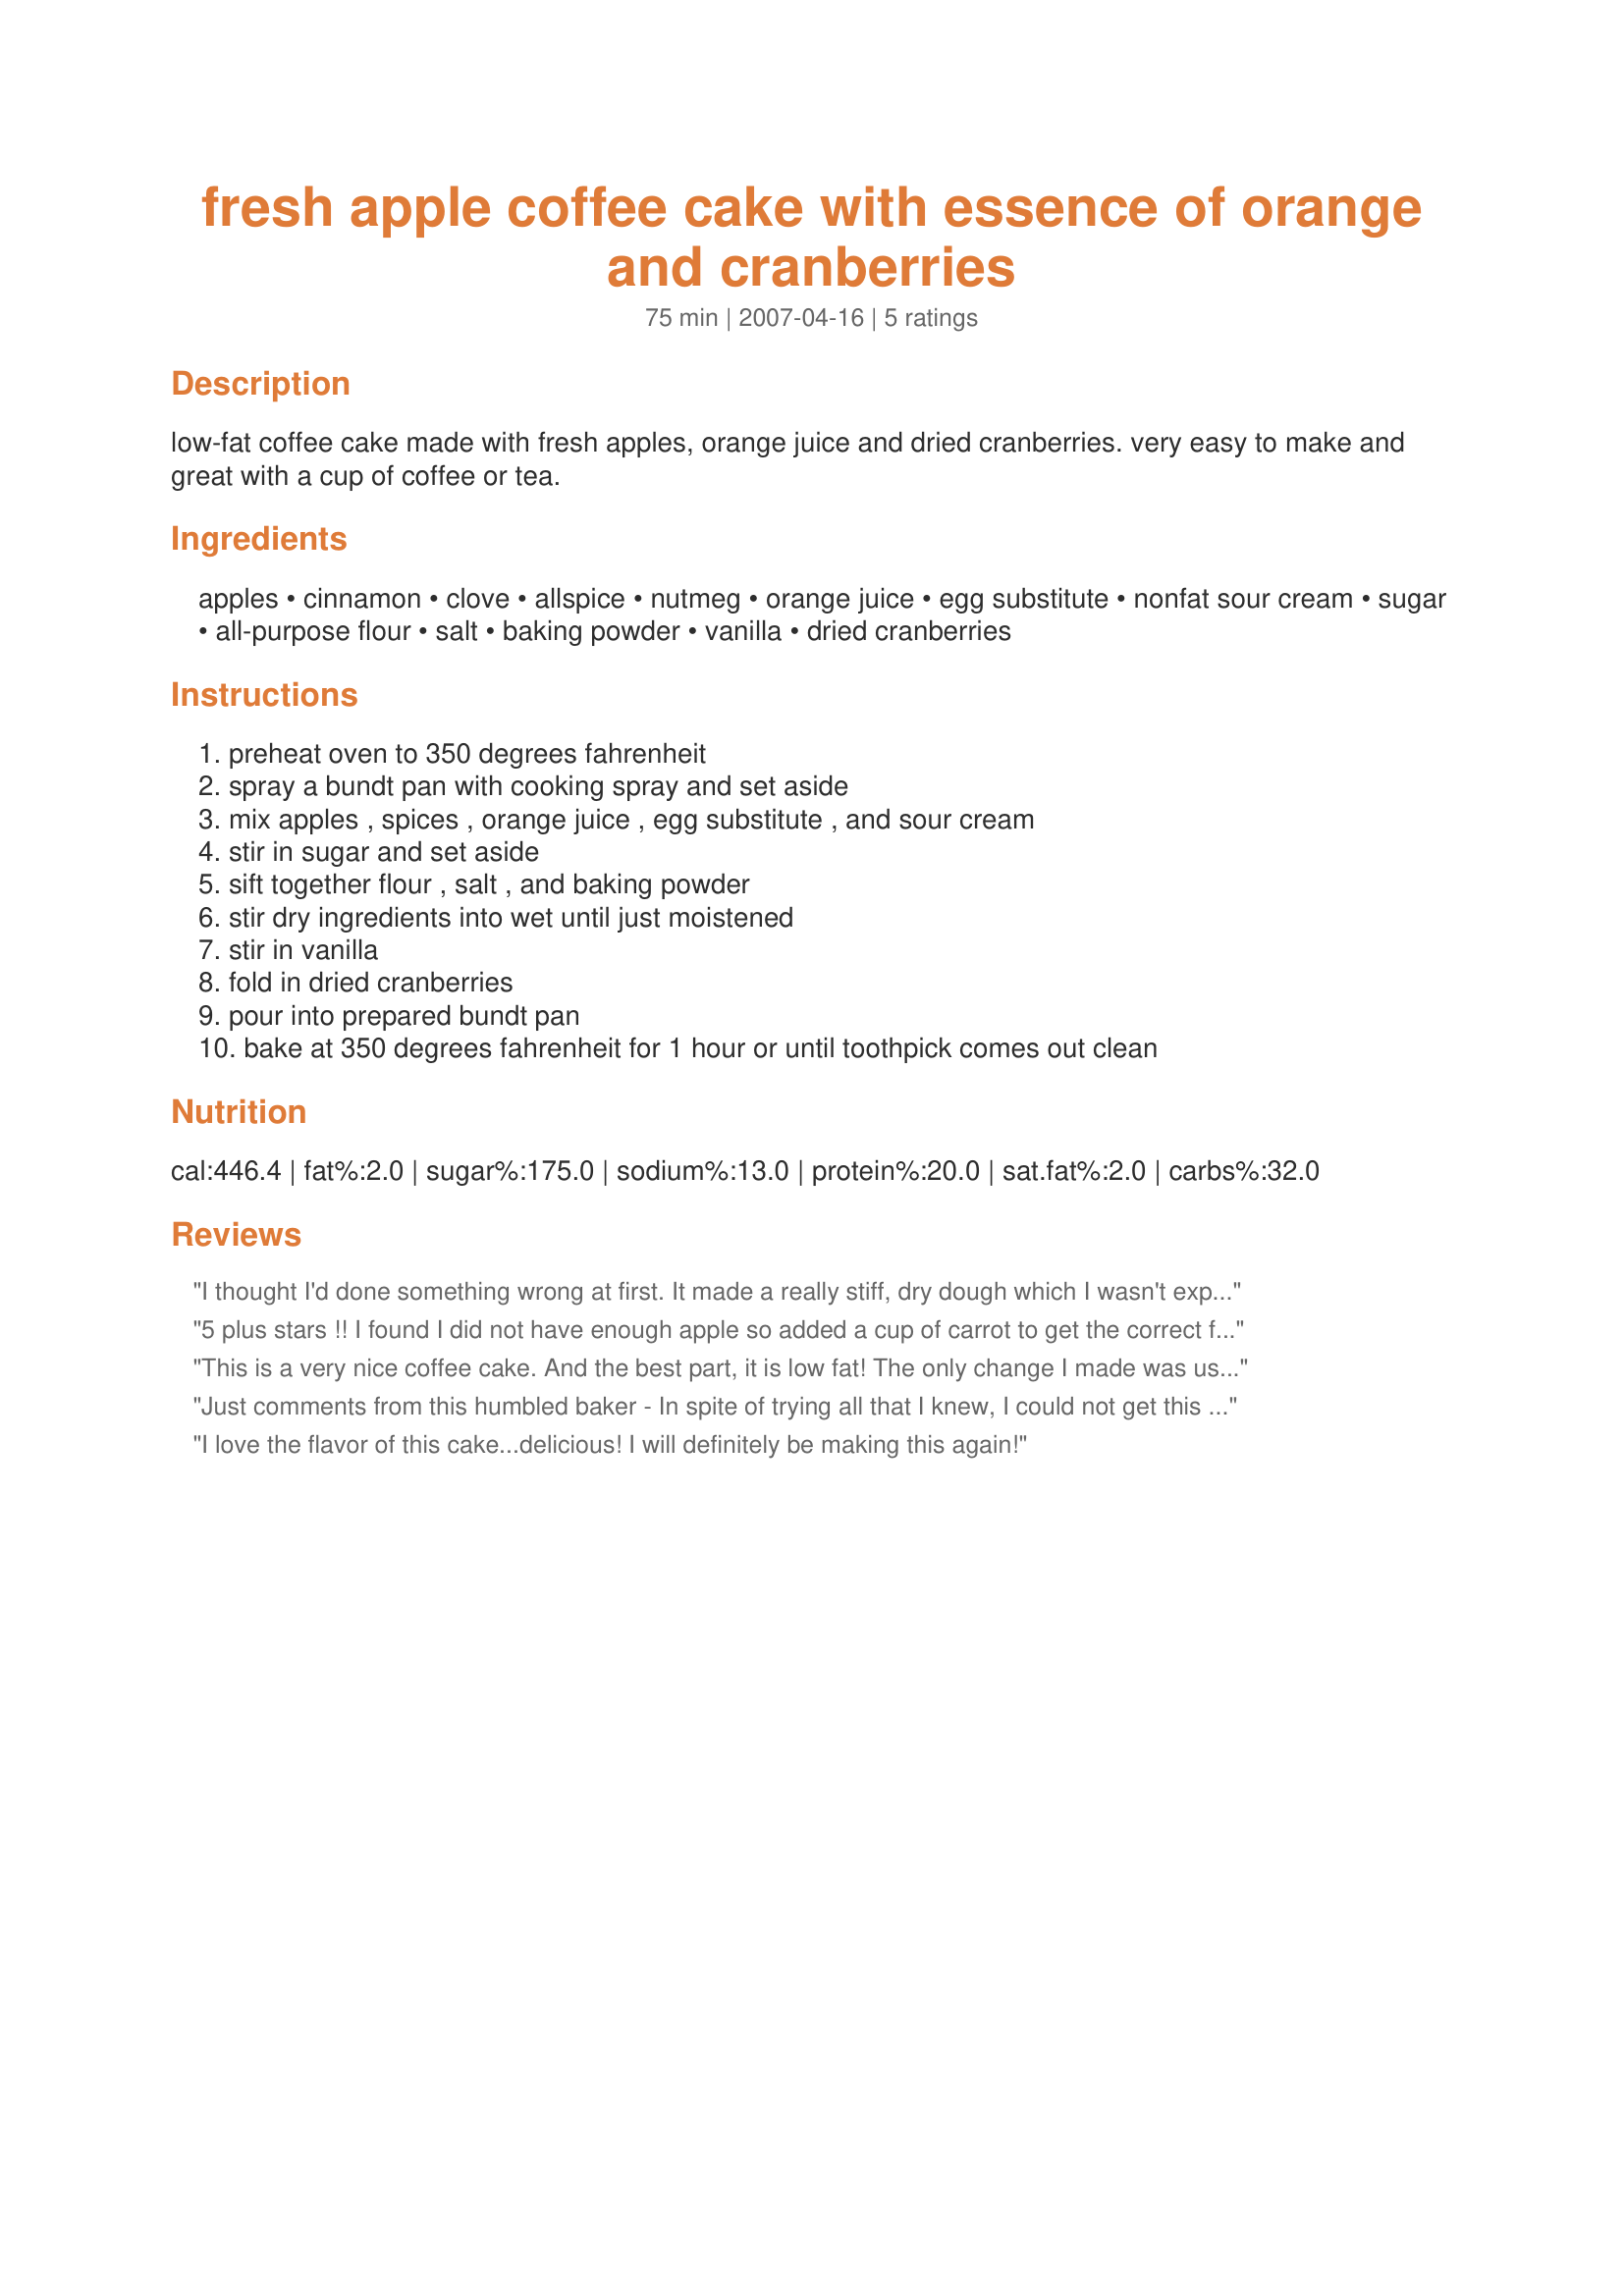
fresh apple coffee cake with essence of orange and cranberries
Preparation time: 75 minutes

low-fat coffee cake made with fresh apples, orange juice and dried cranberries. very easy to make and great with a cup of coffee or tea.

Ingredients:
apples, cinnamon, clove, allspice, nutmeg, orange juice, egg substitute, nonfat sour cream, sugar, all-purpose flour, salt, baking powder, vanilla, dried cranberries

Steps:
preheat oven to 350 degrees fahrenheit, spray a bundt pan with cooking spray and set aside, mix apples , spices , orange juice , egg substitute , and sour cream, stir in sugar and set aside, sift together flour , salt , and baking powder, stir dry ingredients into wet until just moistened, stir in vanilla, fold in dried cranberries, pour into prepared bundt pan, bake at 350 degrees fahrenheit for 1 hour or until toothpick comes out clean

Reviews:
I thought I'd done something wrong at first. It made a really stiff, dry dough which I wasn't expecting. I liked the easy ingredients like the shredded apples ( I just cored them & put them in the food processor) It was definately a moist loaf as stated (more so than I care for generally speaking) However, toasted with butter it was really great. The flavors were mild and not too sweet. Easy and very good overall.
5 plus stars !! I found I did not have enough apple so added a cup of carrot to get the correct fruit quota and this was a delicious moist loaf, addictive when warm with butter. I left out the cranberries as I only had tinned and thought the juice would affect cake. The spices were a marvellous addition and could be smelled throughout the house !! Made for Everyday is a Holiday Tag.
This is a very nice coffee cake. And the best part, it is low fat! The only change I made was using 1/2 cup brown sugar and 1/2 cup Splenda, for dietary reasons. I might add some orange zest next time, for added orange flavor. Dried cherries would be nice also, or raisins. One suggestion: Mix the vanilla in with the other wet ingredients. It is a little hard to mix in later without over mixing. I served this with a dollop of non-fat, sugar free vanilla yogurt. Thanks for this keeper!
Just comments from this humbled baker - In spite of trying all that I knew, I could not get this cake to cook through. I thought I followed the recipe to a T but after 1 hour and 45 minutes,(tented the last 30 minutes) the center was still raw. I then de-panned it, cut it into quarters and baked another 15 minutes. Still not done. I obviously over-measured some liquid as I am positive that I used the right amount of flour. I was truly hacked off at myselfâ€“ the smell as it baked was DIVINE and the outside pieces that _were_ done tasted wonderful â€“ the cloves and orange are a great combo. Iâ€™ll try this one again when Baking Therapy is over and I have my self-esteem back . :-)
I love the flavor of this cake...delicious! I will definitely be making this again!
